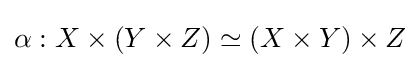
\alpha :X\times (Y\times Z)\simeq (X\times Y)\times Z